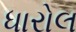
ધારોલ